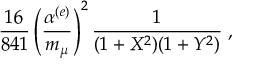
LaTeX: \frac { 1 6 } { 8 4 1 } \left( \frac { \alpha ^ { ( e ) } } { m _ { \mu } } \right) ^ { 2 } \frac { 1 } { ( 1 + X ^ { 2 } ) ( 1 + Y ^ { 2 } ) } \; ,